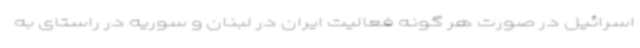
اسرائیل در صورت هر گونه فعالیت ایران در لبنان و سوریه در راستای به